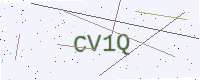
Text: CV1Q